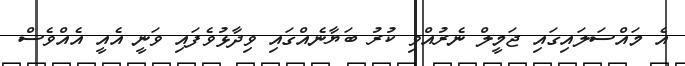
އެ މައްސަލައިގައި ޖަމީލް ނެރުއްވި ކުރު ބަޔާނެއްގައި ވިދާޅުވެފައި ވަނީ އެއީ އެއްވެސް